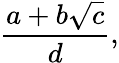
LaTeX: {\frac{a+b{\sqrt{c}}}{d}},